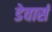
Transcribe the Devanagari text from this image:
डेवार्स